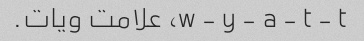
w - y - a - t - t، علامت ویات.